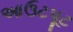
આઉટપૂટ